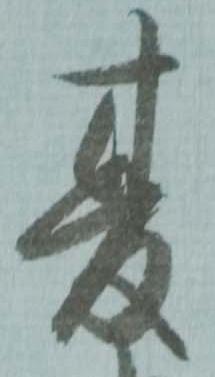
夏